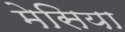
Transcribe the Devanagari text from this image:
मेसिया